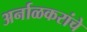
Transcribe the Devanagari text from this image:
अर्नाळकरांचे